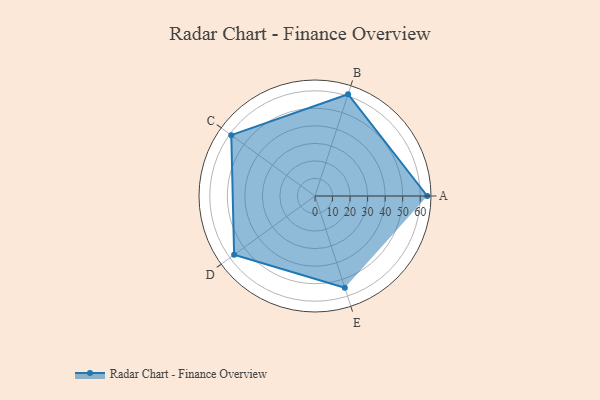
{"axis": {"x": "Skill", "y": "Score"}, "legend": ["Profile"], "data": [{"x": "A", "y": 64.0, "type": "Profile"}, {"x": "B", "y": 61.0, "type": "Profile"}, {"x": "C", "y": 59.0, "type": "Profile"}, {"x": "D", "y": 57.0, "type": "Profile"}, {"x": "E", "y": 55.0, "type": "Profile"}]}